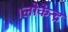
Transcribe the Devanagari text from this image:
।लोकेन्द्र